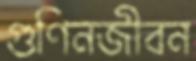
গুণিনজীবন